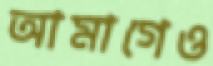
আমাগেও